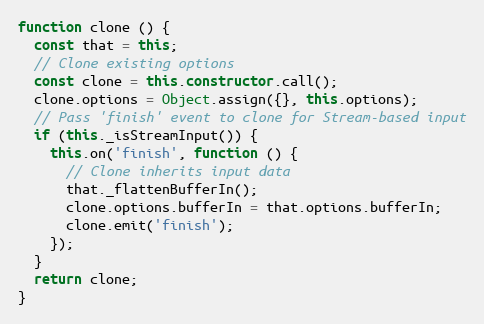
Language: JavaScript
function clone () {
  const that = this;
  // Clone existing options
  const clone = this.constructor.call();
  clone.options = Object.assign({}, this.options);
  // Pass 'finish' event to clone for Stream-based input
  if (this._isStreamInput()) {
    this.on('finish', function () {
      // Clone inherits input data
      that._flattenBufferIn();
      clone.options.bufferIn = that.options.bufferIn;
      clone.emit('finish');
    });
  }
  return clone;
}